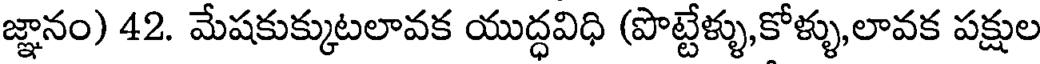
జ్ఞానం) 42. మేషకుక్కుటలావక యుద్ధవిధి (పొట్టేళ్ళు,కోళ్ళు,లావక పక్షుల